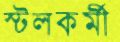
স্টলকর্মী